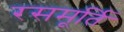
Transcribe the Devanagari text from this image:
रसमूर्ति